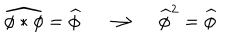
\widehat { \phi * \phi } = \widehat { \phi } \quad \longrightarrow \quad \widehat { \phi } ^ { 2 } = \widehat { \phi }